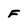
Character: F